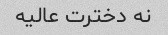
نه دخترت عالیه